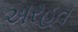
અરહત